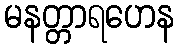
မနတ္တာရဟေန